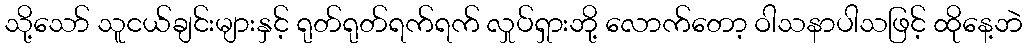
သို့သော် သူငယ်ချင်းများနှင့် ရုတ်ရုတ်ရက်ရက် လှုပ်ရှားဘို့ လောက်တော့ ဝါသနာပါသဖြင့် ထိုနေ့ဘဲ